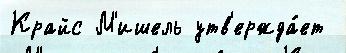
Крайс М'ишель утв'ержда́ет